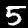
Digit: 5